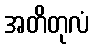
အတိတုလံ